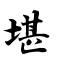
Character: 堪